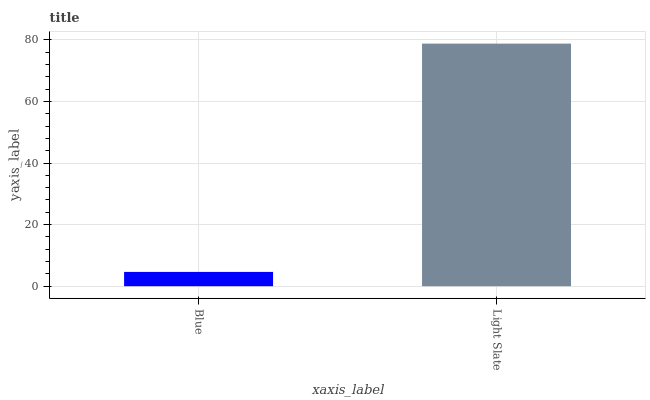
| xaxis_label | bars |
 | --- | --- |
 | Blue | 4.64 |
 | Light Slate | 78.8 |